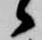
候